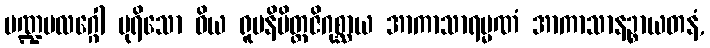
မဏ္ဍပလဂ္ဂေါ ပုရိသော ဝိယ ရူပနိမိတ္တဇိဂုစ္ဆာယ အာကာသာရမ္မဏံ အာကာသာနဉ္စာယတနံ,